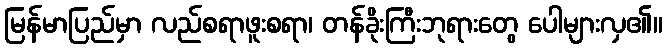
မြန်မာပြည်မှာ လည်စရာဖူးစရာ၊ တန်ခိုးကြီးဘုရားတွေ ပေါများလှ၏။